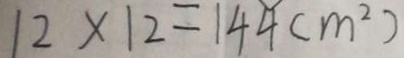
1 2 \times 1 2 = 1 4 4 ( m ^ { 2 } )